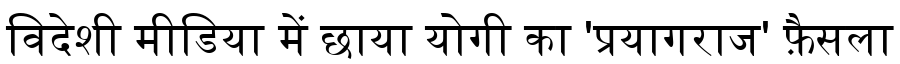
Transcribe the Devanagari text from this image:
विदेशी मीडिया में छाया योगी का 'प्रयागराज' फ़ैसला